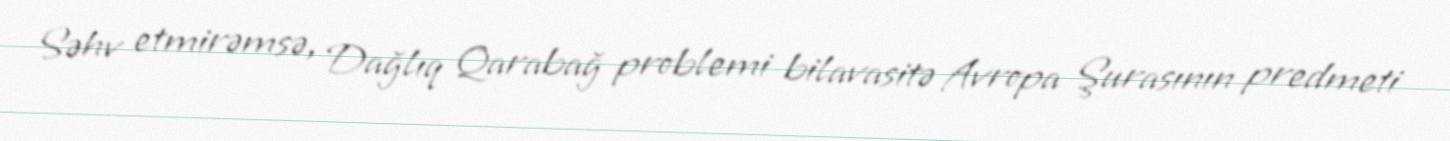
Səhv etmirəmsə, Dağlıq Qarabağ problemi bilavasitə Avropa Şurasının predmeti